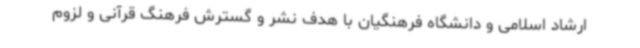
ارشاد اسلامی و دانشگاه فرهنگیان با هدف نشر و گسترش فرهنگ قرآنی و لزوم